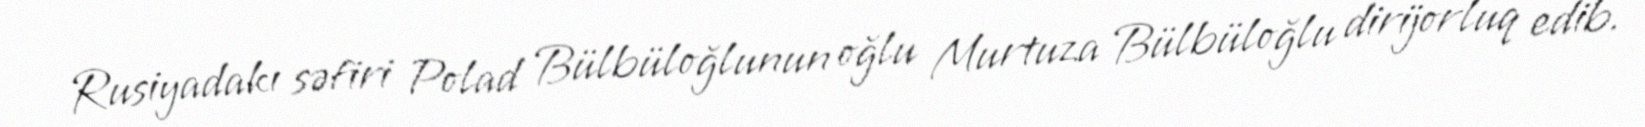
Rusiyadakı səfiri Polad Bülbüloğlunun oğlu Murtuza Bülbüloğlu dirijorluq edib.